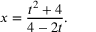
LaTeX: x = { \frac { t ^ { 2 } + 4 } { 4 - 2 t } } .